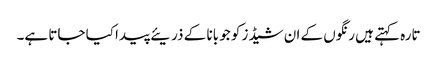
تارہ کہتے ہیں رنگوں کے ان شیڈز کو جو بانا کے ذریئے پیدا کیا جاتا ہے۔